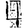
Digit: 4